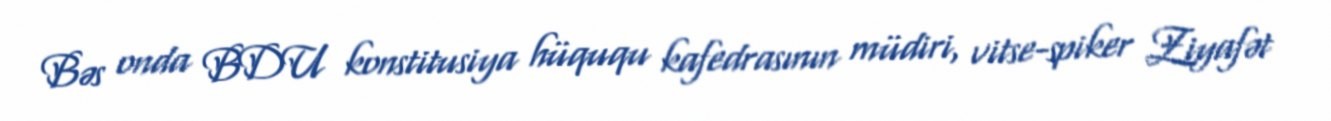
Bəs onda BDU konstitusiya hüququ kafedrasının müdiri, vitse-spiker Ziyafət